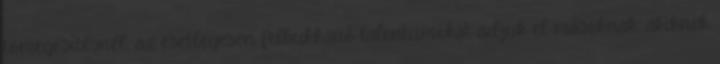
tömegesítésnél, az esetlegesen felbukkanó talentumokat adjuk el másoknak, akiknek